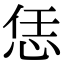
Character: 恁